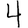
Digit: 4